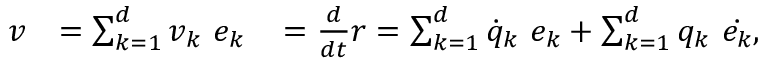
{ \begin{array} { r l r } { { \boldsymbol { v } } } & { = \sum _ { k = 1 } ^ { d } v _ { k } \ { \boldsymbol { e _ { k } } } \, } & { = { \frac { d } { d t } } { \boldsymbol { r } } = \sum _ { k = 1 } ^ { d } { \dot { q } } _ { k } \ { \boldsymbol { e _ { k } } } + \sum _ { k = 1 } ^ { d } q _ { k } \ { \dot { \boldsymbol { e _ { k } } } } , \, } \end{array} }